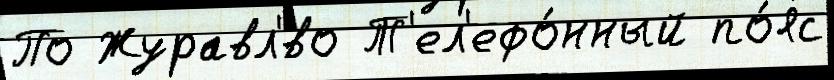
По Журавл'́во Т'ел'ефо́нный по́яс